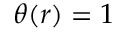
\theta ( r ) = 1